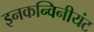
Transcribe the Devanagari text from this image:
इनकन्विनीयंट